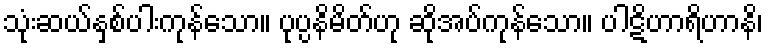
သုံးဆယ်နှစ်ပါးကုန်သော။ ပုပ္ပနိမိတ်ဟု ဆိုအပ်ကုန်သော။ ပါဋိဟာရိဟာနိ၊